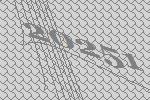
20251